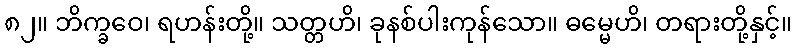
၈၂။ ဘိက္ခဝေ၊ ရဟန်းတို့။ သတ္တဟိ၊ ခုနစ်ပါးကုန်သော။ ဓမ္မေဟိ၊ တရားတို့နှင့်။